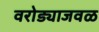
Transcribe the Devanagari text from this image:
वरोड्याजवळ